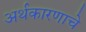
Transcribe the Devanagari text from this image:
अर्थकारणाचे